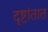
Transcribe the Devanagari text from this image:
दृष्टांतात